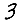
Digit: 3